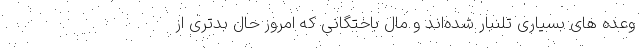
وعده های بسیاری تلنبار شده‌اند و مال باختگانی که امروز حال بدتری از